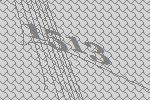
1513